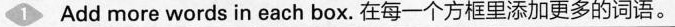
1 Add more words in each box. 在每一个方框里添加更多的词语。